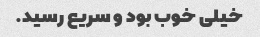
خیلی خوب بود و سریع رسید.